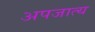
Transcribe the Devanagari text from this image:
अपजात्य